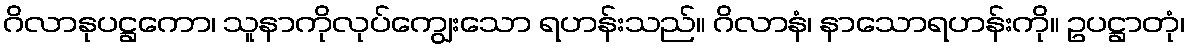
ဂိလာနုပဋ္ဌကော၊ သူနာကိုလုပ်ကျွေးသော ရဟန်းသည်။ ဂိလာနံ၊ နာသောရဟန်းကို။ ဥပဋ္ဌာတုံ၊